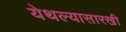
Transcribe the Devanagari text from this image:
येथल्यासारखी